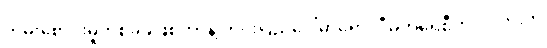
တိမ်းစောင်းမှုတစ်ခုခုဖြစ်တာနဲ့ တိုင်းပြည်ပေါ်မှာရော၊ ဒီမိုကရေစီကိုလိုလားတဲ့